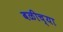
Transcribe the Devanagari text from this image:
बळीच्या